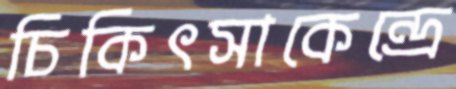
চিকিৎসাকেন্দ্রে